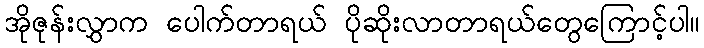
အိုဇုန်းလွှာက ပေါက်တာရယ် ပိုဆိုးလာတာရယ်တွေကြောင့်ပါ။